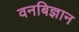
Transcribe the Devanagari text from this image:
वनबिज्ञान